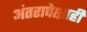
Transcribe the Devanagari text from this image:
अंतरापेक्षाही